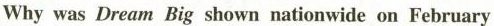
Why was Dream Big shown nationwide on February